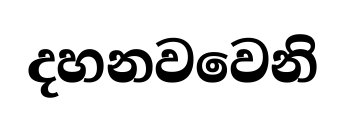
දහනවවෙනි